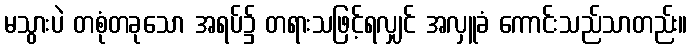
မသွားပဲ တစုံတခုသော အရပ်၌ တရားသဖြင့်ရလျှင် အလှူခံ ကောင်းသည်သာတည်း။